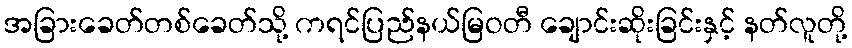
အခြားခေတ်တစ်ခေတ်သို့ ကရင်ပြည်နယ်မြဝတီ ချောင်းဆိုးခြင်းနှင့် နတ်လူတို့